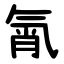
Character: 㲵